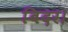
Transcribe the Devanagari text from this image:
बिदर।